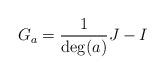
LaTeX: \begin{align*} G_a=\frac{1}{\deg(a)}J-I \end{align*}